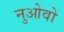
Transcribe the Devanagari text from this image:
नुओवो